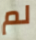
لم